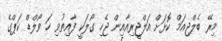
މިރޭ ބެލްޖިއަމް ކޮޅަށް އަލްޖީރިއާއިން ޖެހި ގޯލަކީ ފާއިތުވި ހަ ވޯލްޑް ކަޕްގެ